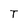
Character: T